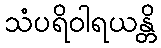
သံပရိဝါရယန္တိ